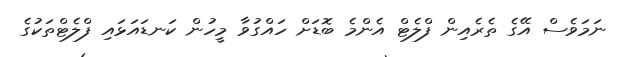
ނަމަވެސް އޭގެ ތެރެއިން ފްލެޓް އެންމެ ބޮޑަށް ހައްގުވާ މީހުން ކަނޑައަޅައި ފްލެޓްތަކުގެ